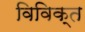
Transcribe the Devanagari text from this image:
विविक्त